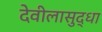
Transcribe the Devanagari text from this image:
देवीलासुद्धा